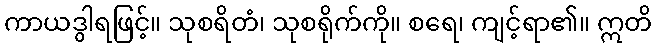
ကာယဒွါရဖြင့်။ သုစရိတံ၊ သုစရိုက်ကို။ စရေ၊ ကျင့်ရာ၏။ ဣတိ